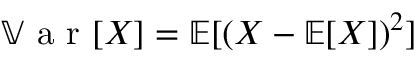
\mathbb { V } \textrm { a r } [ X ] = \mathbb { E } [ ( X - \mathbb { E } [ X ] ) ^ { 2 } ]